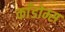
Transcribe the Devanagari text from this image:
काँडोम्स